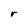
Character: r